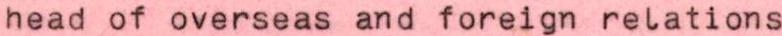
head of overseas and foreign relations